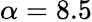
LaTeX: \alpha=8.5